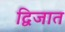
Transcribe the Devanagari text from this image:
द्विजात